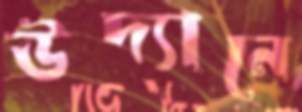
উদ্যানে